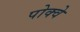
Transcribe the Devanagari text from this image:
पोक्वे